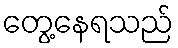
တွေ့နေရသည်